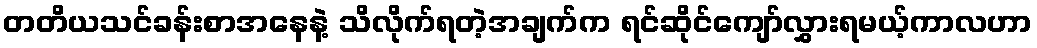
တတိယသင်ခန်းစာအနေနဲ့ သိလိုက်ရတဲ့အချက်က ရင်ဆိုင်ကျော်လွှားရမယ့်ကာလဟာ